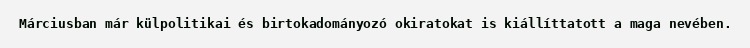
Márciusban már külpolitikai és birtokadományozó okiratokat is kiállíttatott a maga nevében.